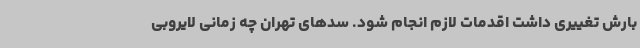
بارش تغییری داشت اقدمات لازم انجام شود. سدهای تهران چه زمانی لایروبی